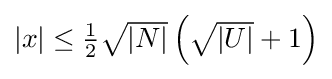
\textstyle |x|\leq {\tfrac {1}{2}}{\sqrt {|N|}}\left({\sqrt {|U|}}+1\right)